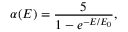
\alpha ( E ) = \frac { 5 } { 1 - e ^ { - E / E _ { 0 } } } ,